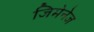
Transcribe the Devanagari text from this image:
जिमेनेज